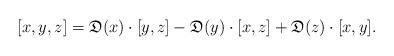
LaTeX: \begin{align*}[x, y, z] = \mathfrak D(x) \cdot [y, z] - \mathfrak D(y)\cdot [x,z] + \mathfrak D(z)\cdot [x, y]. \end{align*}